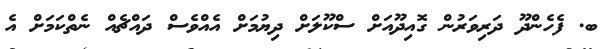
ބ. ފެހެންދޫ ދަރިވަރުން ގޮއިދޫއަށް ސްކޫލަށް ދިޔުމަށް އެއްވެސް ދައްޗެއް ނެތްކަމަށް އެ